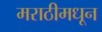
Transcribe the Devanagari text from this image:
मराठीमधून